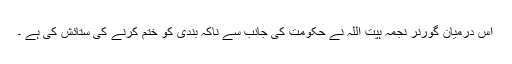
اس درمیان گورنر نجمہ ہپت اللہ نے حکومت کی جانب سے ناکہ بندی کو ختم کرنے کی ستائش کی ہے ۔